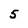
Character: 5